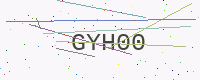
Text: GYH00